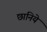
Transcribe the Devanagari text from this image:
छानिये